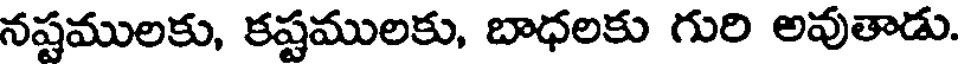
నష్టములకు, కష్టములకు, బాధలకు గురి అవుతాడు.